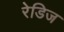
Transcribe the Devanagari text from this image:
रेडिज